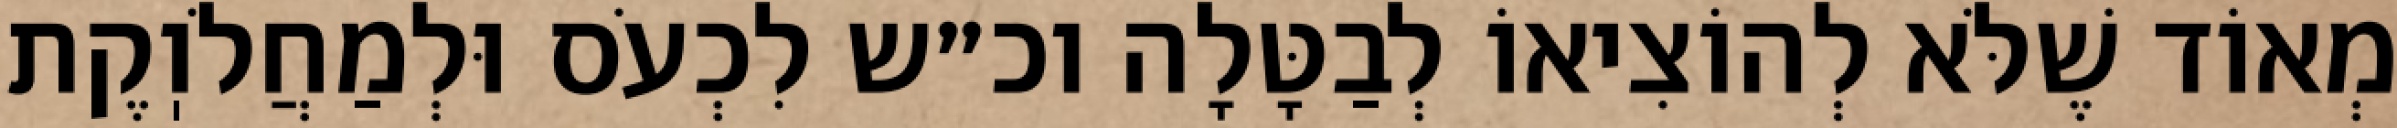
מְאוֹד שֶׁלֹּא לְהוֹצִיאוֹ לְבַטָּלָה וכ״ש לִכְעֹס וּלְמַחֲלֹוֽקֶת